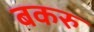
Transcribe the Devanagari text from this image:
बकरु